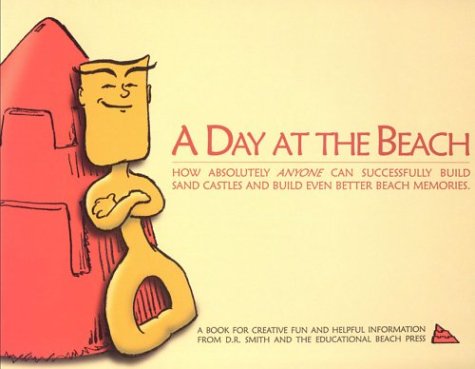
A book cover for A Day at the Beach: How Absolutely Anyone Can Successfully Build Sand Castles and Build Even Better Beach Memories; D. R. Smith; Travel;